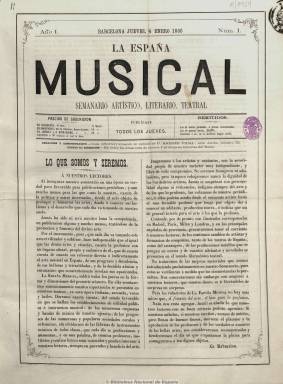
Título: La España musical (Barcelona)
Colección: Música
Ámbito geográfico: Barcelona
Lugar de publicación: Barcelona
Fechas: 04/01/1866-28/12/1867

Subtitulado “semanario artístico, literario, teatral”, está dedicado al fomento del arte musical y ajeno totalmente de la política, siendo su editor y propietario Andrés Vidal y Roger, que lo dirigirá también después de que lo haga Eduardo Canals. Salía los jueves en números de cuatro páginas. Más tarde cambiará su subtítulo por “publicada por la Casa Vidal”.

Contiene reseñas de espectáculos ofrecidos en los teatros barceloneses y de otras ciudades, de ópera italiana, zarzuela, poéticos, de bailes, etc. Da cuenta de los establecimientos de instrucción musical, de orquestas, bandas musicales, sociedades corales, centros líricos, de las fábricas de instrumentos, profesores, etc. Incluye ensayos y artículos de crítica y sobre artistas y cantantes. Otras secciones son las de variedades, con noticias de actualidades, y otra de anuncios comerciales.

Dispone de corresponsales en París, Milán y Londres, y J.L. Obiols y Tapias ofrece semanalmente su correspondencia o crónica desde Madrid. Otros colaboradores son Andrés Parera y José Marraco, y otros textos son firmados con iniciales o seudónimo. A partir del número 20, del 24 de mayo de 1866, se hace cargo de las suscripciones de La crítica y su director pasa a ser redactor de La España musical.

A partir del número 29 publica un folletín con biografías de músicos distinguidos de todos los países, bajo la dirección de Antonio Fargas y Soler. Seguía publicándose en 1876.